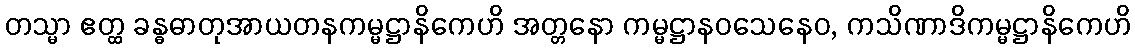
တသ္မာ ဧတ္ထ ခန္ဓဓာတုအာယတနကမ္မဋ္ဌာနိကေဟိ အတ္တနော ကမ္မဋ္ဌာနဝသေနေဝ, ကသိဏာဒိကမ္မဋ္ဌာနိကေဟိ